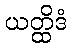
ယတ္ထိဒံ